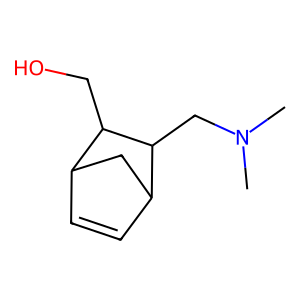
SMILES: CN(C)CC1C2C=CC(C2)C1CO
Inhibits HIV replication: No